Scottish Certificate of Education, 1963
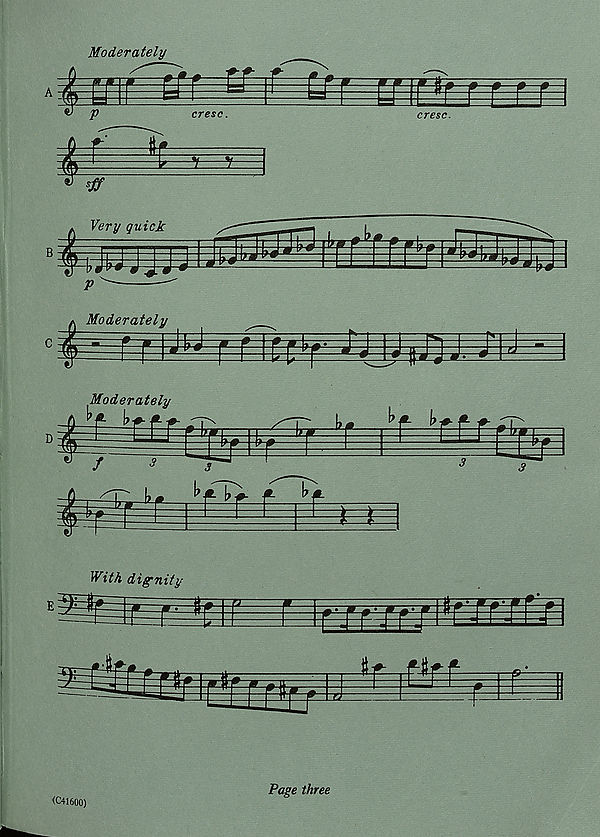
D
f TJlPfjn
E
¥-Tf-¥f
(C41600)
Page three